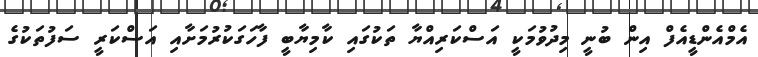
އެމްއެންޑީއެފް އިން ބުނީ މިދުވުމަކީ އަސްކަރިއްޔާ ތަކުގައި ކާމިޔާބީ ފާހަގަކުރުމަށާއި އަސްކަރީ ސަފުތަކުގެ